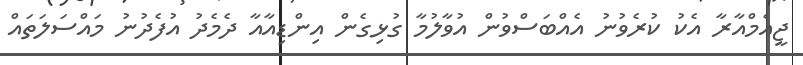
ޖީއެމްއާރާ އެކު ކުރެވުނު އެއްބަސްވުން އުވާލުމާ ގުޅިގެން އިންޑިއާއާ ދެމެދު އުފެދުނު މައްސަލަތައް